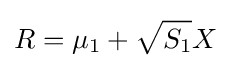
R=\mu _{1}+{\sqrt {S_{1}}}X